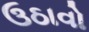
ઉઠાવો